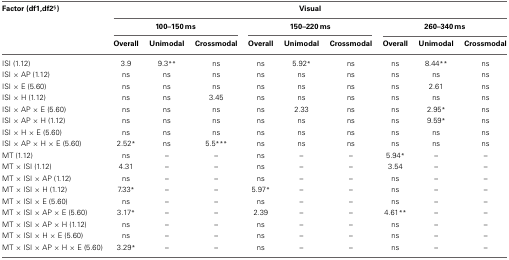
<table><thead><tr><td><b>Factor (df1,df2<sup>§</sup>)</b></td><td colspan="9"><b>Visual</b></td></tr><tr><td></td><td colspan="3"><b>100–150 ms</b></td><td colspan="3"><b>150–220 ms</b></td><td colspan="3"><b>260–340 ms</b></td></tr><tr><td></td><td><b>Overall</b></td><td><b>Unimodal</b></td><td><b>Crossmodal</b></td><td><b>Overall</b></td><td><b>Unimodal</b></td><td><b>Crossmodal</b></td><td><b>Overall</b></td><td><b>Unimodal</b></td><td><b>Crossmodal</b></td></tr></thead><tbody><tr><td>ISI (1.12)</td><td>3.9</td><td>9.3<sup>**</sup></td><td>ns</td><td>ns</td><td>5.92<sup>*</sup></td><td>ns</td><td>ns</td><td>8.44<sup>**</sup></td><td>ns</td></tr><tr><td>ISI × AP (1.12)</td><td>ns</td><td>ns</td><td>ns</td><td>ns</td><td>ns</td><td>ns</td><td>ns</td><td>ns</td><td>ns</td></tr><tr><td>ISI × E (5.60)</td><td>ns</td><td>ns</td><td>ns</td><td>ns</td><td>ns</td><td>ns</td><td>ns</td><td>2.61</td><td>ns</td></tr><tr><td>ISI × H (1.12)</td><td>ns</td><td>ns</td><td>3.45</td><td>ns</td><td>ns</td><td>ns</td><td>ns</td><td>ns</td><td>ns</td></tr><tr><td>ISI × AP × E (5.60)</td><td>ns</td><td>ns</td><td>ns</td><td>ns</td><td>2.33</td><td>ns</td><td>ns</td><td>2.95<sup>*</sup></td><td>ns</td></tr><tr><td>ISI × AP × H (1.12)</td><td>ns</td><td>ns</td><td>ns</td><td>ns</td><td>ns</td><td>ns</td><td>ns</td><td>9.59<sup>*</sup></td><td>ns</td></tr><tr><td>ISI × H × E (5.60)</td><td>ns</td><td>ns</td><td>ns</td><td>ns</td><td>ns</td><td>ns</td><td>ns</td><td>ns</td><td>ns</td></tr><tr><td>ISI × AP × H × E (5.60)</td><td>2.52<sup>*</sup></td><td>ns</td><td>5.5<sup>***</sup></td><td>ns</td><td>ns</td><td>ns</td><td>ns</td><td>ns</td><td>ns</td></tr><tr><td>MT (1.12)</td><td>ns</td><td>–</td><td>–</td><td>ns</td><td>–</td><td>–</td><td>5.94<sup>*</sup></td><td>–</td><td>–</td></tr><tr><td>MT × ISI (1.12)</td><td>4.31</td><td>–</td><td>–</td><td>ns</td><td>–</td><td>–</td><td>3.54</td><td>–</td><td>–</td></tr><tr><td>MT × ISI × AP (1.12)</td><td>ns</td><td>–</td><td>–</td><td>ns</td><td>–</td><td>–</td><td>ns</td><td>–</td><td>–</td></tr><tr><td>MT × ISI × H (1.12)</td><td>7.33<sup>*</sup></td><td>–</td><td>–</td><td>5.97<sup>*</sup></td><td>–</td><td>–</td><td>ns</td><td>–</td><td>–</td></tr><tr><td>MT × ISI × E (5.60)</td><td>ns</td><td>–</td><td>–</td><td>ns</td><td>–</td><td>–</td><td>ns</td><td>–</td><td>–</td></tr><tr><td>MT × ISI × AP × E (5.60)</td><td>3.17<sup>*</sup></td><td>–</td><td>–</td><td>2.39</td><td>–</td><td>–</td><td>4.61<sup>**</sup></td><td>–</td><td>–</td></tr><tr><td>MT × ISI × AP × H (1.12)</td><td>ns</td><td>–</td><td>–</td><td>ns</td><td>–</td><td>–</td><td>ns</td><td>–</td><td>–</td></tr><tr><td>MT × ISI × H × E (5.60)</td><td>ns</td><td>–</td><td>–</td><td>ns</td><td>–</td><td>–</td><td>ns</td><td>–</td><td>–</td></tr><tr><td>MT × ISI × AP × H × E (5.60)</td><td>3.29<sup>*</sup></td><td>–</td><td>–</td><td>ns</td><td>–</td><td>–</td><td>ns</td><td>–</td><td>–</td></tr></tbody></table>